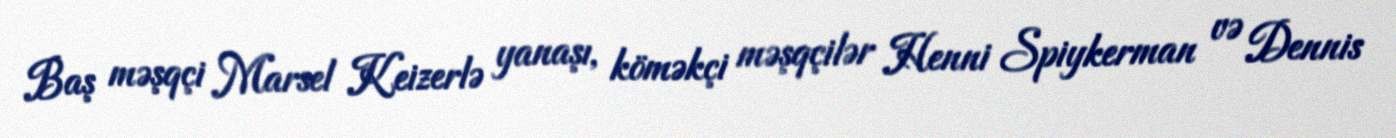
Baş məşqçi Marsel Keizerlə yanaşı, köməkçi məşqçilər Henni Spiykerman və Dennis